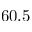
6 0 . 5